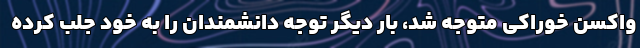
واکسنِ خوراکی متوجه شد، بار دیگر توجه دانشمندان را به خود جلب کرده